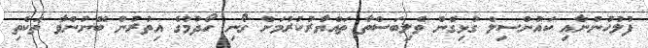
ފުލުހުންނާއި ކައުންސިލް ގުޅިގެން ވެލިބަސްތާ ތައްޔާރުކުރުމަށް ގޯނި ހޯދުމުގެ އިތުރުން ބޭނުންވާ ތަކެތި